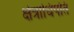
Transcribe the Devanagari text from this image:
क्षेत्राधिपति